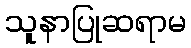
သူနာပြုဆရာမ